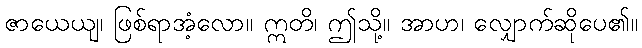
ဇာယေယျ၊ ဖြစ်ရာအံ့လော။ ဣတိ၊ ဤသို့။ အာဟ၊ လျှောက်ဆိုပေ၏။